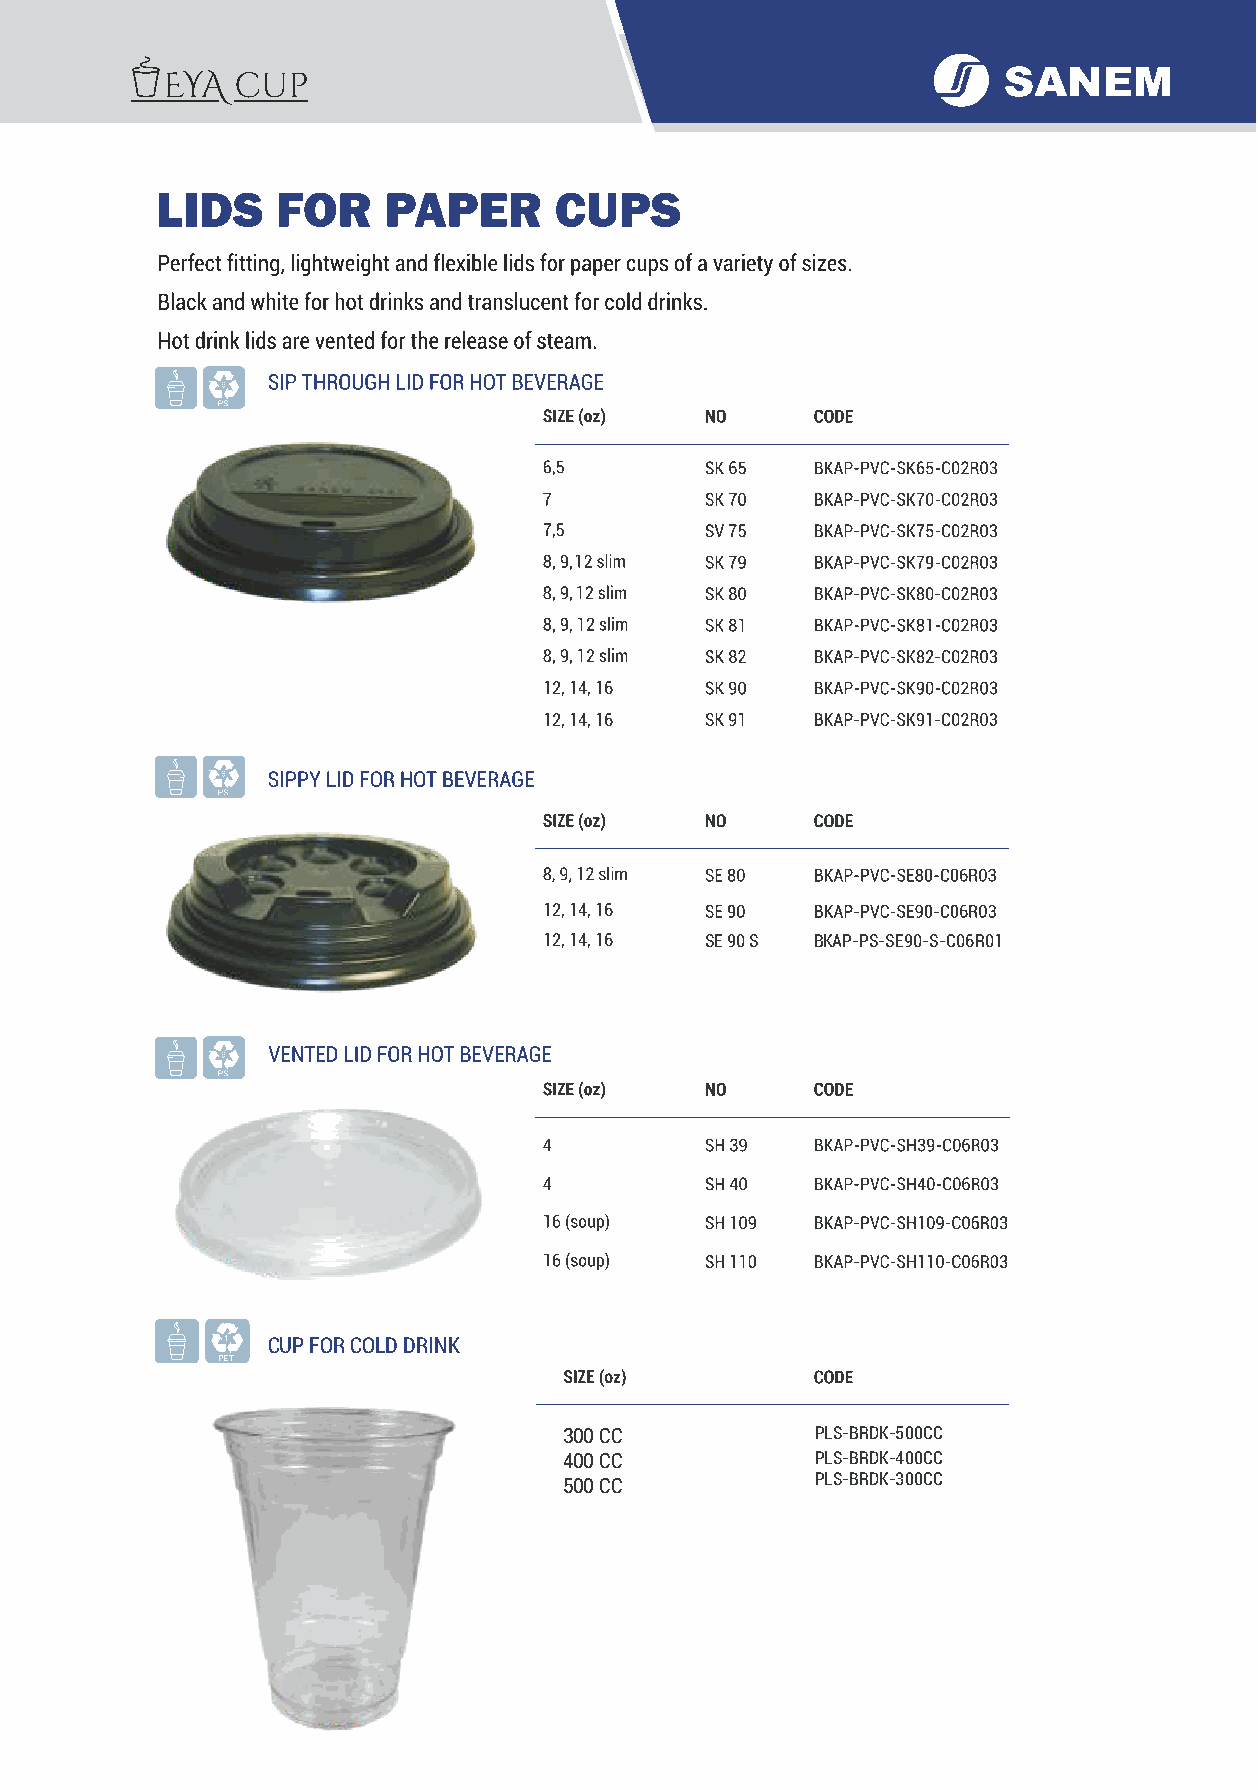
LIDS    FOR    PAPER       CUPS
 12, 14, 16
 12, 14, 16
 12, 14, 16
 12, 14, 16 SE 90 S BKAP-PS-SE90-S-C06R01
 1  CUP FOR COLD DRINK
 PET
 300 CC           PLS-BRDK-500CC
 400 CC           PLS-BRDK-400CC
 500 CC           PLS-BRDK-300CC